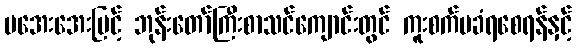
မအေးအေးမြင့် ဘုန်းတော်ကြီးစာသင်ကျောင်းတွင် ကူးစက်မခံရစေရန်နှင့်